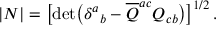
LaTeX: | N | = \bigl [ \operatorname * { d e t } \bigl ( \delta ^ { a } { } _ { b } - { \overline { { Q } } } ^ { a c } Q _ { c b } \bigr ) \bigr ] ^ { 1 / 2 } \, .